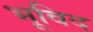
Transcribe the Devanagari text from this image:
भूविद